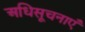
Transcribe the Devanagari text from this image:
अधिसूचनाएँ